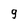
Character: 9